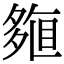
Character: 𡖽